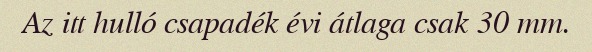
Az itt hulló csapadék évi átlaga csak 30 mm.